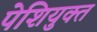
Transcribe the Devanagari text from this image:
पेशियुक्त